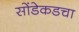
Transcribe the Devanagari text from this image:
सोंडेकडचा